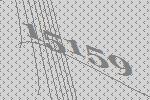
15159